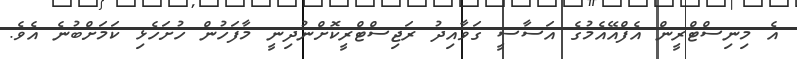
އެ މިނިސްޓްރީން އެފްއޭއެމުގެ އަސާސީ ގަވާއިދު ރަޖިސްޓްރީކޮށްނުދިނީ މާފަހުން ހުށަހެޅި ކަމަށްބުނެ އެވެ.